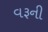
વરૂની